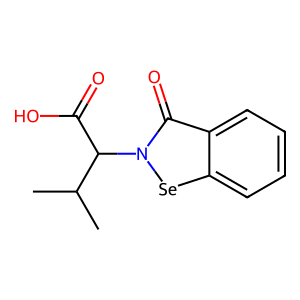
SMILES: CC(C)C(C(=O)O)n1[se]c2ccccc2c1=O
Inhibits HIV replication: Yes